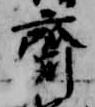
斎